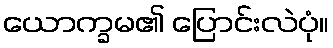
ယောက္ခမ၏ ပြောင်းလဲပုံ။